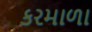
કરમાળા